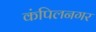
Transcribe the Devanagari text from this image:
कंपिलनगर